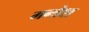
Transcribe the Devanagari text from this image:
मन्त्रेश